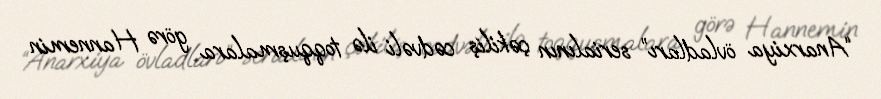
“Anarxiya övladları” serialının çəkiliş cədvəli ilə toqquşmalara görə Hannemin